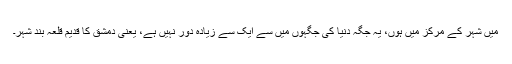
میں شہر کے مرکز میں ہوں، یہ جگہ دنیا کی جگہوں میں سے ایک سے زیادہ دور نہیں ہے، یعنی دمشق کا قدیم قلعہ بند شہر۔